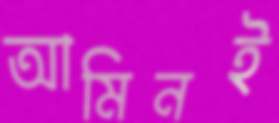
আমিনই